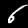
Label: 6